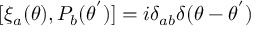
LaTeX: [ { \xi } _ { a } ( \theta ) , P _ { b } ( { \theta } ^ { ' } ) ] = i { \delta } _ { a b } { \delta } ( \theta - { \theta } ^ { ' } )